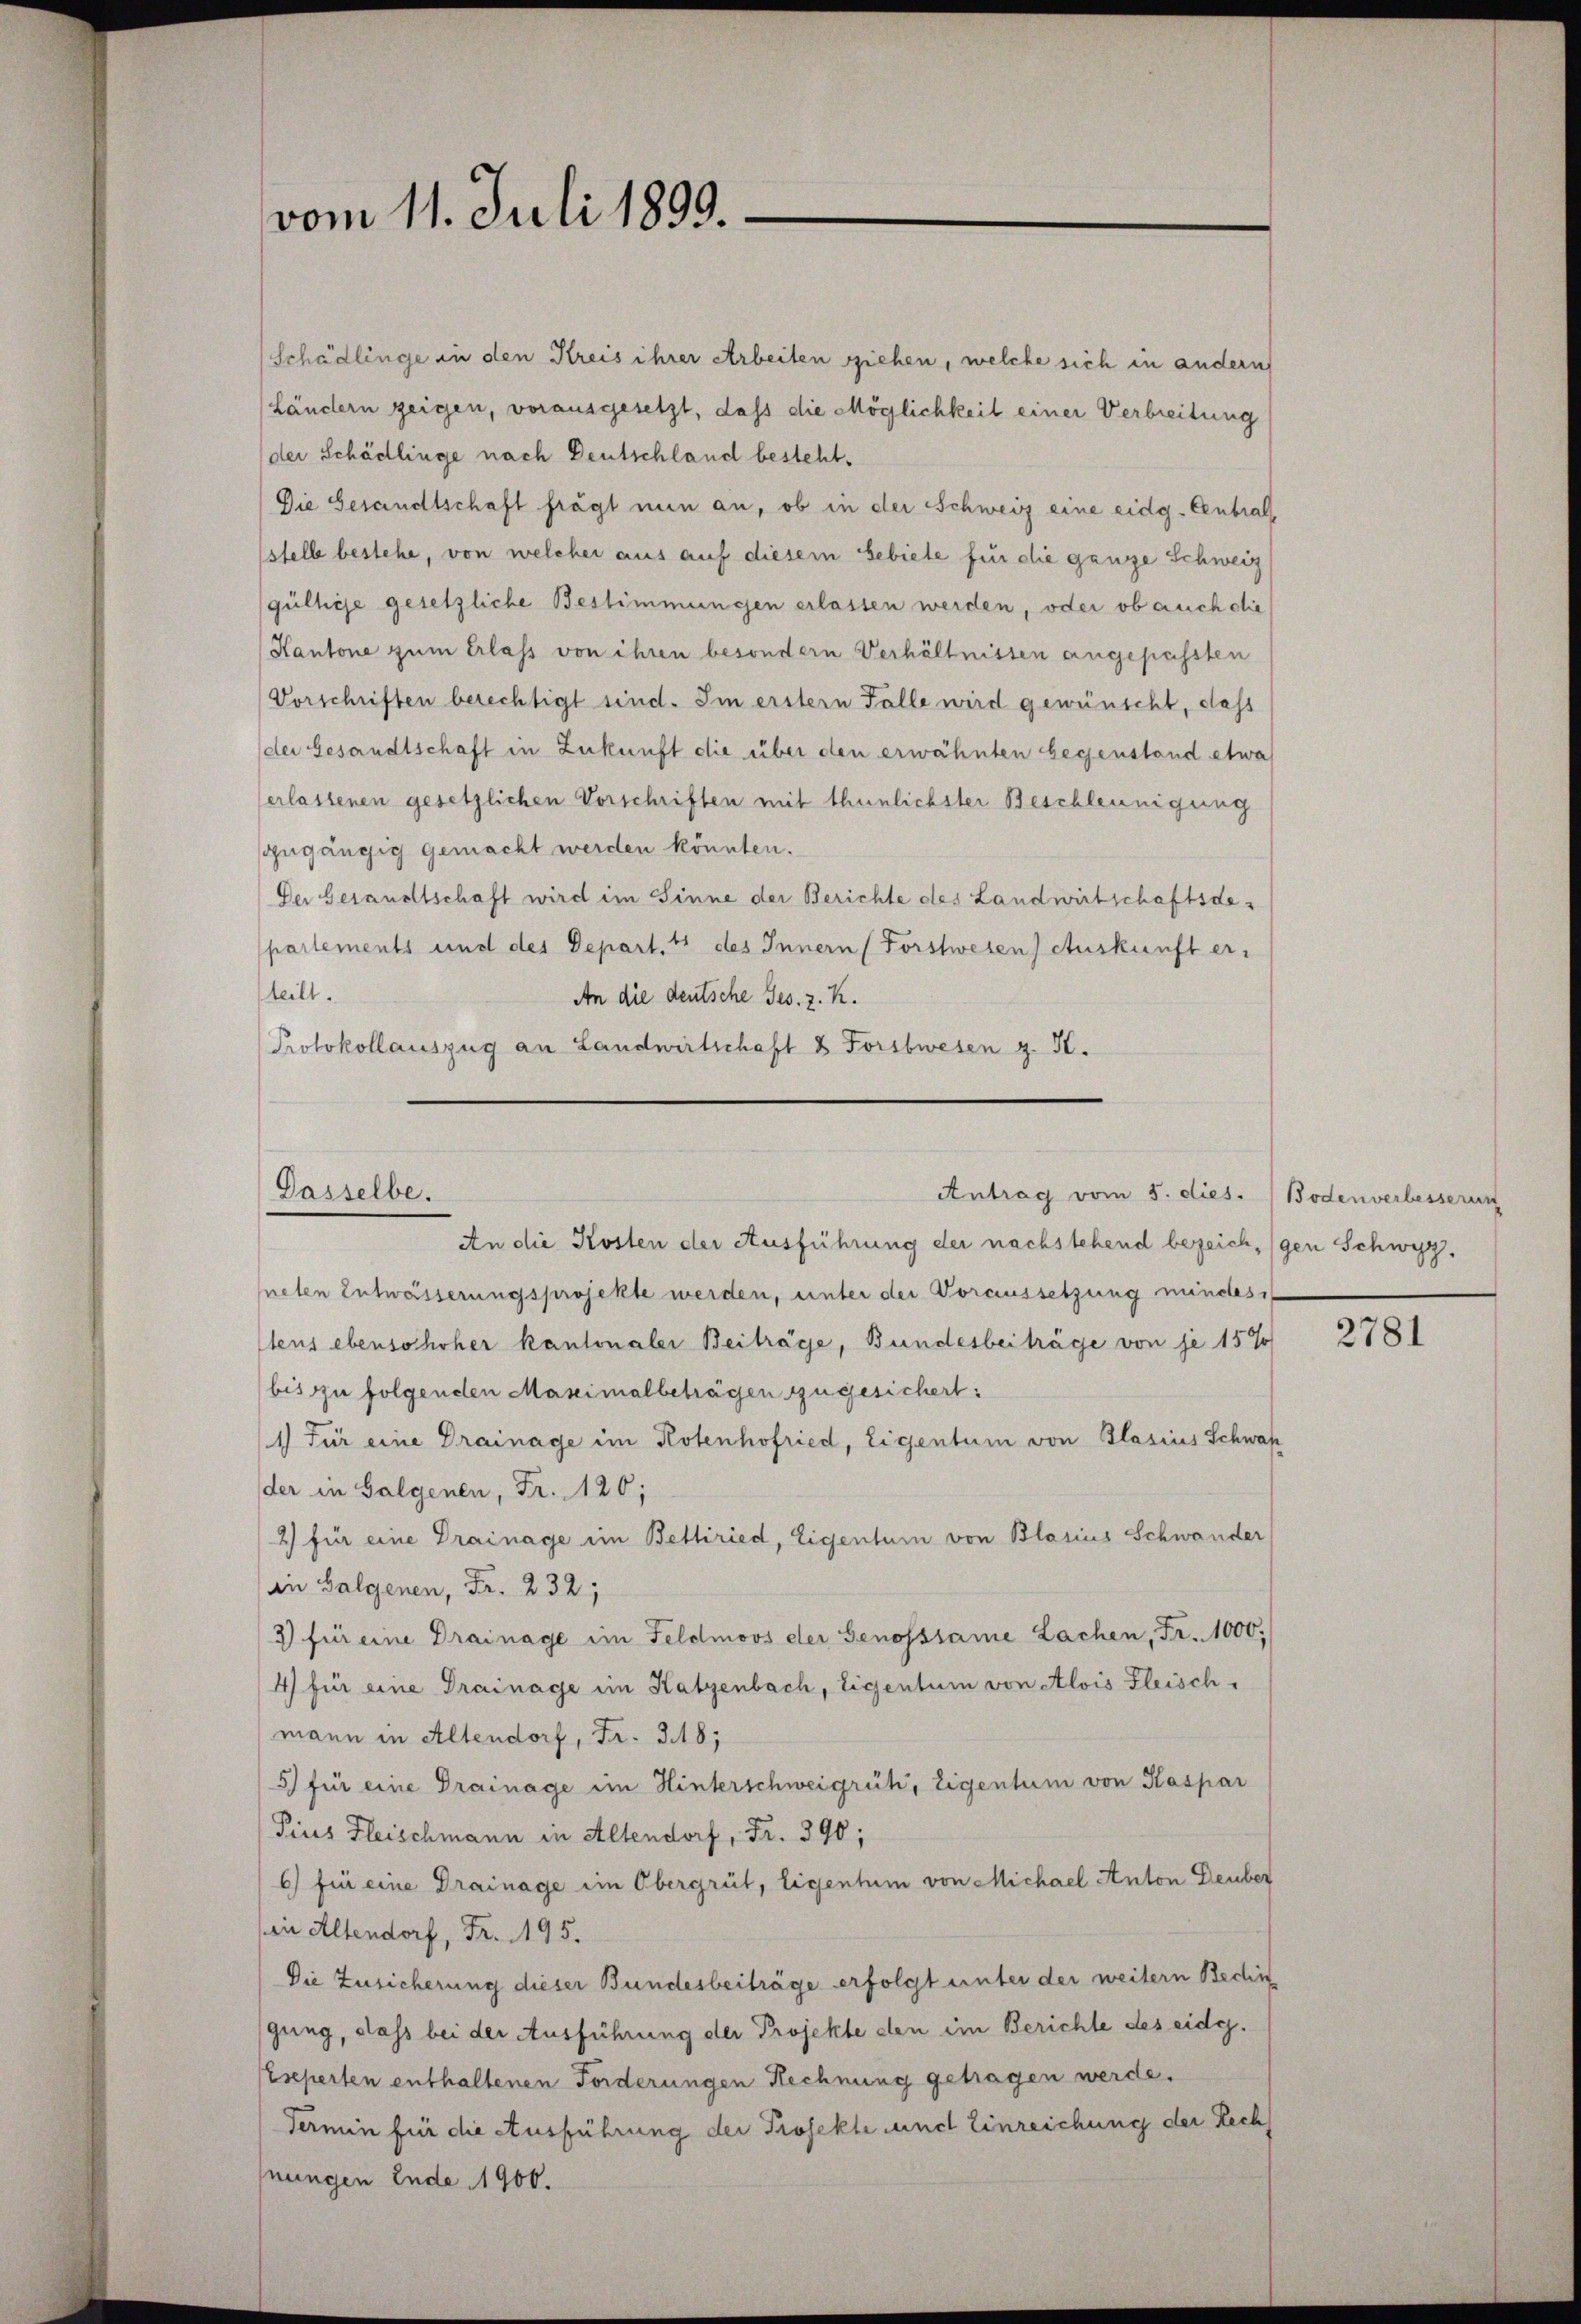
vom 11. Juli 1899.

Schädlinge in den Kreis ihrer Arbeiten ziehen, welche sich in andern
Ländern zeigen, vorausgesetzt, dass die Möglichkeit einer Verbreitung
der Schädlinge nach Deutschland besteht.
Die Gesandtschaft frägt nun an, ob in der Schweiz eine eidg. Centralstelle bestehe, von welcher aus auf diesem Gebiete für die ganze Schweiz
gültige gesetzliche Bestimmungen erlassen werden, oder ob auch die
Kantone zum Erlass von ihren besondern Verhältnissen angepassten
Vorschriften berechtigt sind. Im erstern Falle wird gewünscht, dass
der Gesandtschaft in Zukunft die über den erwähnten begenstand etwas
erlassenen gesetzlichen Vorschriften mit thunlichster Beschleunigung
zugängig gemacht werden könnten.
Der Gesandtschaft wird im Sinne der Berichte des Landwirtschaftsdepartements und des Depart. 4 des Innern (Forstwesen) Auskunft er-
teilt.
An die deutsche Ges. z. K.
Protokollauszug an Landwirtschaft & Forstwesen z. S.

Gasselbe.

Antrag vom 5. dies. Bodenverbesserun

An die Kosten der Ausführung der nachstehend bezeich, gen Schwyz,
neten Entwässerungsprojekte werden, unter der Voraussetzung mindes
tens ebenso hoher kantonaler Beiträge, Bundesbeiträge von je 15%
bis zu folgenden Maximalbeträgen zugesichert:
1) Für eine Drainage im Rotenhofried, Eigentum von Glasius Schwap
der in Salgenen, Fr. 126;
2) für eine Drainage im Belliried, Eigentum von Blasius Schwander
an Balgenen, Fr. 232,
3) für eine Drainage im Feldmoos der Genosssame Lachen, Fr. 1000.
4) für eine Drainage im Katzenbach, Eigentum von Alois Fleisch-
mann in Altendorf, Fr. 318;
5) für eine Drainage im Hinterschweigrüh, Eigentum von Kaspar
Piers Fleischmann in Altendorf, Fr. 390;
6) für eine Drainage im Obergrüt, Eigentum von Michael Anton Deuber
in Altendorf, Fr. 195.
Die Zusicherung dieser Bundesbeiträge erfolgt unter der weitern Bedin
gung, dass bei der Ausführung der Projekte den im Berichte des eidg.
seperten enthaltenen Forderungen Rechnung getragen werde.
Termin für die Ausführung der Projekte und Einreichung der Rech
nungen Ende 1900.

2781